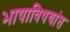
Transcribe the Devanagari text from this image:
भाषाविषयांत